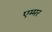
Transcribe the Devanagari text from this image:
एम्मर